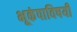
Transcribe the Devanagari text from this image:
भूकंपाविषयी